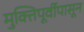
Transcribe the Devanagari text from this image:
मुक्तिपूर्वीपासून